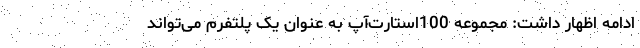
ادامه اظهار داشت: مجموعه 100استارت‌آپ به عنوان یک پلتفرم می‌تواند